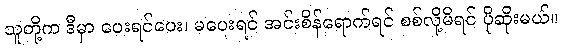
သူတို့က ဒီမှာ ပေးရင်ပေး၊ မပေးရင် အင်းစိန်ရောက်ရင် စစ်လို့မိရင် ပိုဆိုးမယ်။